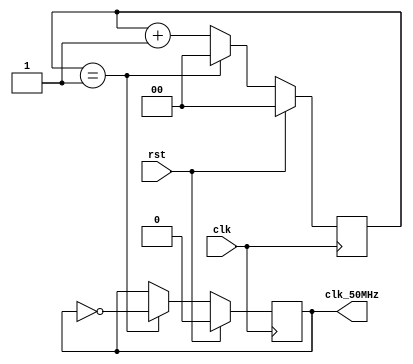
`timescale 1ns / 1ps

//////////////////////////////////////////////////////////////////////////////////
// 
// Clock Generation for 50MHz
//
//////////////////////////////////////////////////////////////////////////////////

//Clock Divider for 50MHz
//Used for VGA display
module clk_gen_50MHz(
    clk,        //|<i
    rst,        //|<i
    clk_50MHz   //|>o
    );

input clk;
input rst;
output reg clk_50MHz;

reg [1:0] counter;

initial begin
    clk_50MHz<=0;
    counter<=0;
end

always @(posedge clk ) begin
    if (rst) begin
        clk_50MHz<=0;
        counter<=0;
    end
    else begin
       if(counter==1) begin   //100M/(2)=50MHz
            clk_50MHz=~clk_50MHz;
            counter=0;
        end
        else begin
            counter=counter+1;
        end 
    end   
end

endmodule